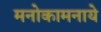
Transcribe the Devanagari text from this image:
मनोकामनाये